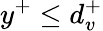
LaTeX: y^{+}\leq d_{v}^{+}